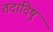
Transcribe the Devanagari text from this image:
तदादिषु